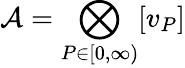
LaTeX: {\mathcal{A}}=\bigotimes_{P\in\lbrack 0,\infty)}[v_{P}]